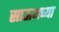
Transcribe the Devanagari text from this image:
साऊथच्या